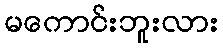
မကောင်းဘူးလား